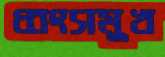
ধ্বংসমুখ